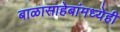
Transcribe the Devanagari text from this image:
बाळासाहेबांमध्येही